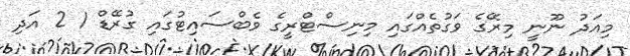
މިއަދު ނޫނީ މިރޭގެ ވަގުތެއްގައި މިނިސްޓްރީގެ ވެބްސައިޓުގައި ގުރޭޑް 1 2 އަދި